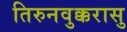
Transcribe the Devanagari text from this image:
तिरुनवुक्करासु